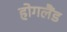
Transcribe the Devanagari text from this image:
होगलैंड